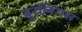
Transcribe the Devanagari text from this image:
बुरलिंगस